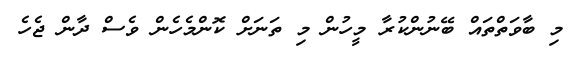
މި ބާވަތްތައް ބޭނުންކުރާ މީހުން މި ތަނަށް ކޮންމެހެން ވެސް ދާން ޖެހެ